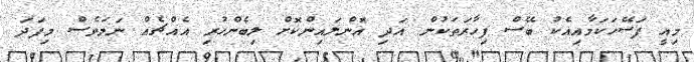
މިއީ ފަސޭހަކަމާއިއެކު ބޭސް ފިހާރަތަކުން އަދި އޮންލައިންކޮށް ލިބެންހުރި އެއްޗެއް ނަމަވެސް މިފަދަ